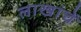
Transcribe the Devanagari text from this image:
लाखांचें